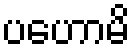
ပဟောမိ